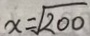
x = \sqrt { 2 0 0 }